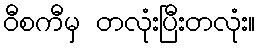
ဝီစကီမှ တလုံးပြီးတလုံး။